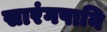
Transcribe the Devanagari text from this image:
सारंगपानि